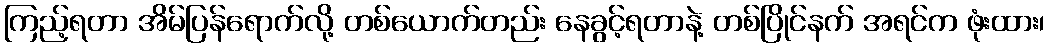
ကြည့်ရတာ အိမ်ပြန်ရောက်လို့ တစ်ယောက်တည်း နေခွင့်ရတာနဲ့ တစ်ပြိုင်နက် အရင်က ဖုံးထား၊